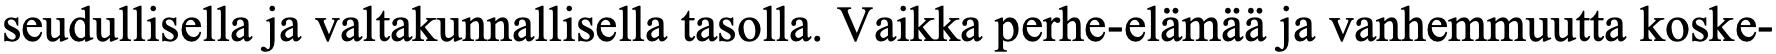
seudullisella ja valtakunnallisella tasolla. Vaikka perhe-elämää ja vanhemmuutta koske-